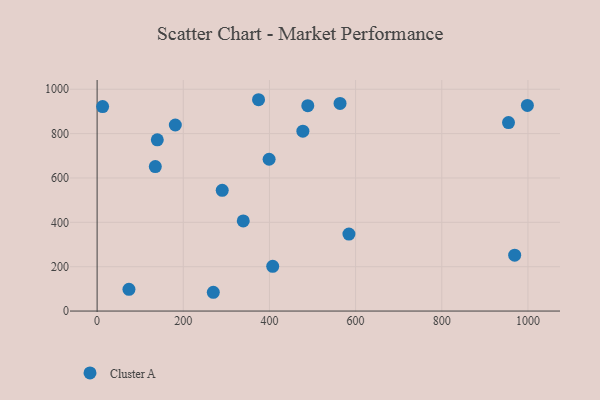
{"axis": {"x": "Price", "y": "Fuel Efficiency"}, "legend": ["Cluster A"], "data": [{"x": "12.8", "y": 921.9, "type": "Cluster A"}, {"x": "139.7", "y": 771.8, "type": "Cluster A"}, {"x": "135.1", "y": 651.2, "type": "Cluster A"}, {"x": "73.9", "y": 98.2, "type": "Cluster A"}, {"x": "563.9", "y": 936.0, "type": "Cluster A"}, {"x": "339.2", "y": 406.3, "type": "Cluster A"}, {"x": "954.9", "y": 849.8, "type": "Cluster A"}, {"x": "407.6", "y": 201.9, "type": "Cluster A"}, {"x": "998.7", "y": 926.9, "type": "Cluster A"}, {"x": "374.7", "y": 952.7, "type": "Cluster A"}, {"x": "584.5", "y": 347.2, "type": "Cluster A"}, {"x": "290.4", "y": 544.1, "type": "Cluster A"}, {"x": "269.7", "y": 84.7, "type": "Cluster A"}, {"x": "477.6", "y": 811.0, "type": "Cluster A"}, {"x": "489.0", "y": 925.8, "type": "Cluster A"}, {"x": "181.5", "y": 838.7, "type": "Cluster A"}, {"x": "399.2", "y": 684.4, "type": "Cluster A"}, {"x": "969.2", "y": 252.0, "type": "Cluster A"}]}